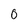
Character: 0